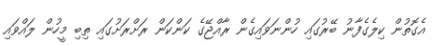
އެގޮތުން ކިލެގެފާނު ބޭރުގައި ހުންނަވައިގެން ރާއްޖޭގެ ކަންކަން ރަށްރަށުގައި ތިބި މީހުން ލައްވައި